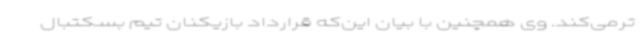
‌ترمی‌کند. وی همچنین با بیان این‌که قرارداد بازیکنان تیم بسکتبال